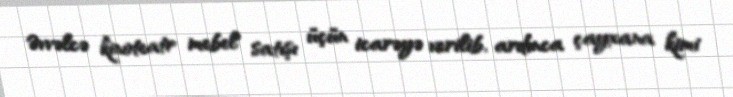
Əvvəlcə kinoteatr mebel satışı üçün icarəyə verilib, ardınca çayxana kimi